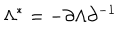
LaTeX: \Lambda ^ { * } = - \partial \Lambda \partial ^ { - 1 }